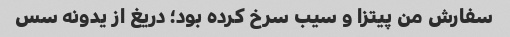
سفارش من پیتزا و سیب سرخ کرده بود؛ دریغ از یدونه سس